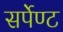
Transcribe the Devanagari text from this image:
सर्पेण्ट